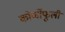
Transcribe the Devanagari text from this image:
कोर्णोफूली